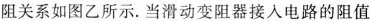
阻关系如图乙所示。当滑动变阻器接入电路的阻值